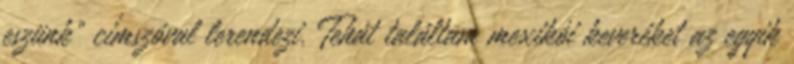
eszünk" címszóval lerendezi. Tehát találtam mexikói keveréket az egyik